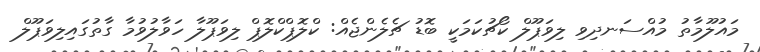
މައުލޫމާތު މުއްސަނދިވި ލިވަޕޫލް ކޯޗުކަމަކީ ބޮޑު ޗެލެންޖެއް: ކްލޮޕްކްލޮޕް ލިވަޕޫލާ ހަވާލުވުމާ ގާތުގައިލިވަޕޫލް